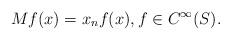
LaTeX: \begin{gather*}Mf(x) = x_n f(x), f\in C^\infty(S).\end{gather*}